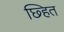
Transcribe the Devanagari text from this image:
छ्हित